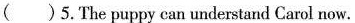
( )5.The puppy can understand Carol now.